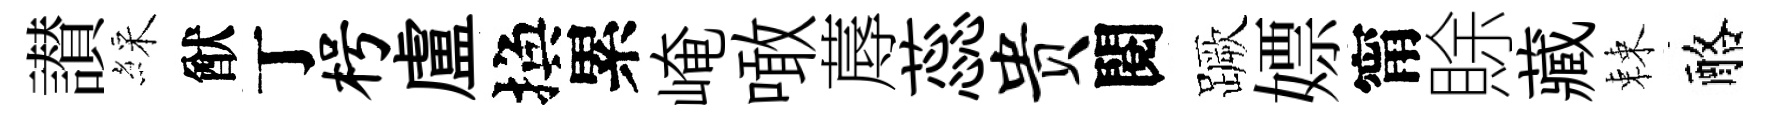
讃綵猷丁枵盧換累崦噉蓐蕊贵閱蹶嫖甯賖藏棘酪